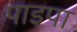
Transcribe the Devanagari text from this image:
पाइपा